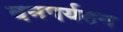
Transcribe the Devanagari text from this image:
वनपर्यटन